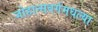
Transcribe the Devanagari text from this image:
जोहान्सबर्गमधल्या